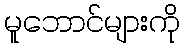
မူဘောင်များကို